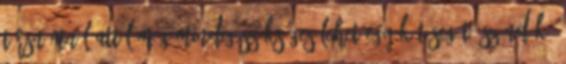
társnőmnél attól még mindig szükséges lehet egy-két segítő szándék.